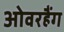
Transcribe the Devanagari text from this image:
ओवरहैंग